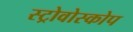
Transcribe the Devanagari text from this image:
स्ट्रोवोस्कोप